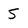
Character: 5